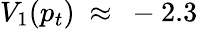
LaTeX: V_{1}(p_{t})~\approx~-2.3